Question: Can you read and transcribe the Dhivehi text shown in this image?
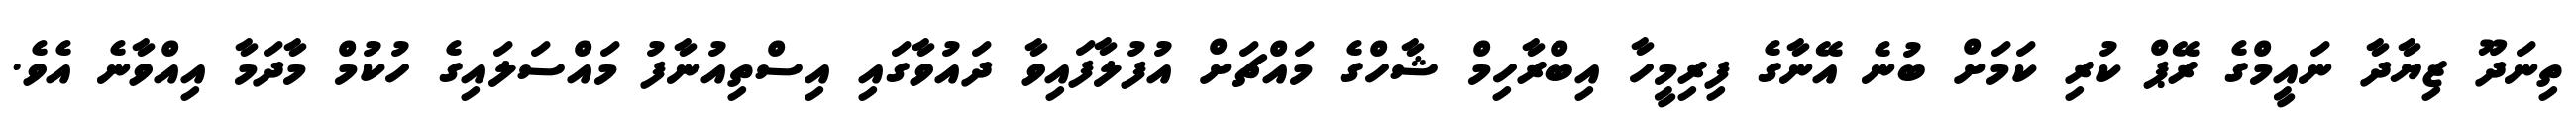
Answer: ތިނަދޫ ޒިޔާދާ ނައީމްގެ ރޭޕް ކުރި ކަމަށް ބުނެ އޭނާގެ ފިރިމީހާ އިބްރާހިމް ޝާހްގެ މައްޗަށް އުފުލާފައިވާ ދައުވާގައި އިސްތިއުނާފު މައްސަލައިގެ ހުކުމް މާދަމާ އިއްވާނެ އެވެ.